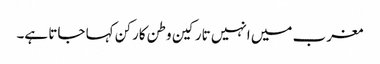
مغرب میں انہیں تارکین وطن کارکن کہا جاتا ہے۔